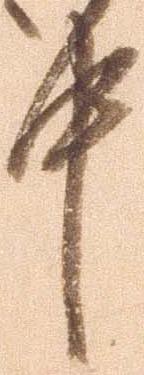
中